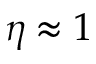
\eta \approx 1